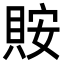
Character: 𧵨